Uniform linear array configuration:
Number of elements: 12
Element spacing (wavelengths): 0.5
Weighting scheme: kaiser
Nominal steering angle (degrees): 60
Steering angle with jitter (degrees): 61.074
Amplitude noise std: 0.05
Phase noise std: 0.05

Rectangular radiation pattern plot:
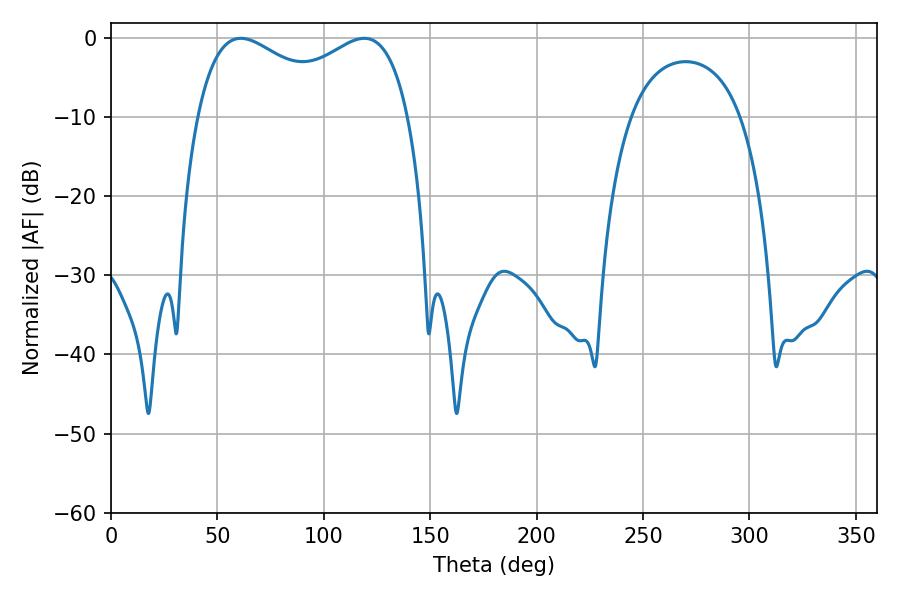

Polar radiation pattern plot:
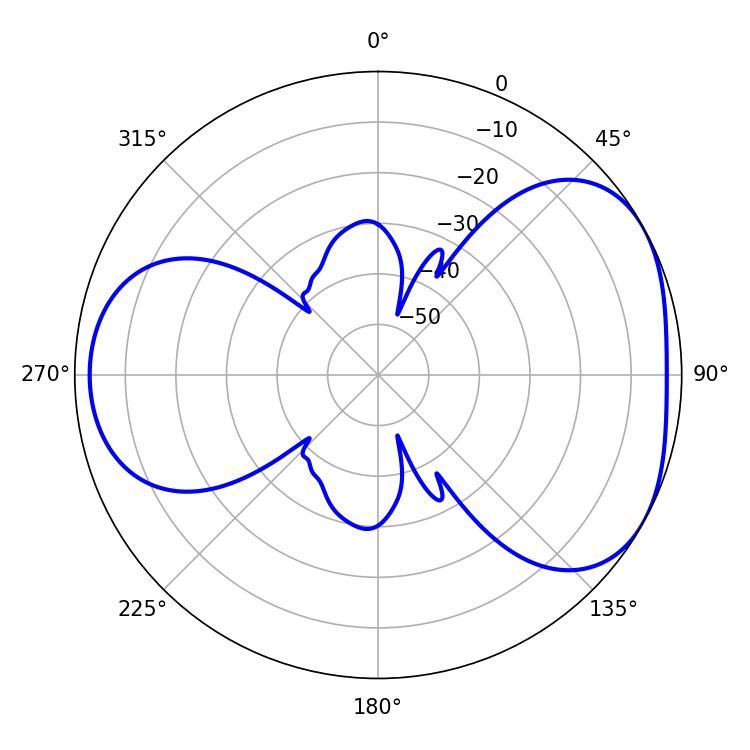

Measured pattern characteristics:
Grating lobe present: FALSE
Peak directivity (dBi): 4.377
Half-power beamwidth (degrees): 82.8
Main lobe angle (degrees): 61.02